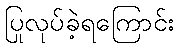
ပြုလုပ်ခဲ့ရကြောင်း